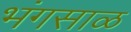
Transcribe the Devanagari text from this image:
भंगसाळ